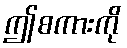
ဤစကားကို